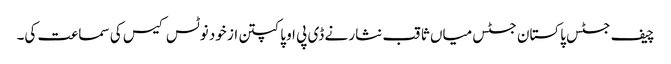
چیف جسٹس پاکستان جسٹس میاں ثاقب نثار نے ڈی پی او پاکپتن از خود نوٹس کیس کی سماعت کی۔